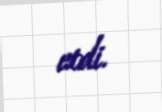
etdi.